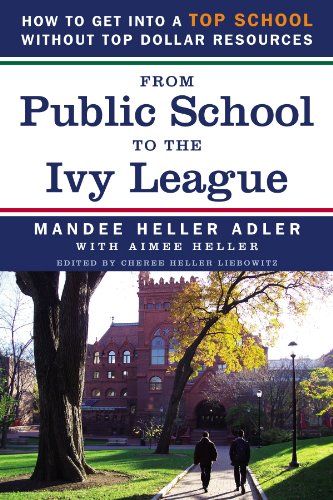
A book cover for From Public School to the Ivy League: How to get into a top school without top dollar resources; Mandee Heller Adler; Education & Teaching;